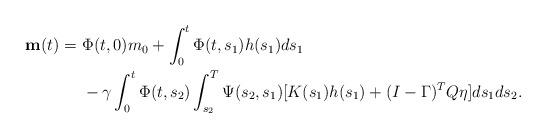
LaTeX: \begin{align*}{\bf m}(t)=\ & \Phi(t,0) m_0+ \int_0^t \Phi(t, s_1) h(s_1) ds_1\\& -\gamma \int_0^t \Phi(t, s_2) \int_{s_2}^T \Psi(s_2,s_1)[K(s_1)h(s_1)+ (I-\Gamma)^T Q\eta] ds_1 ds_2 .\end{align*}